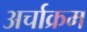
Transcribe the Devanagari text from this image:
अर्चाक्रम